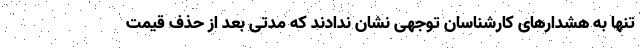
تنها به هشدارهای کارشناسان توجهی نشان ندادند که مدتی بعد از حذف قیمت